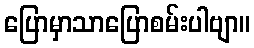
ပြောမှာသာပြောစမ်းပါဗျာ။